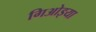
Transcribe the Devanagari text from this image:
गिओइया